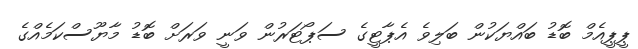
ޕީޕީއެމް ބޮޑު ބައްޔަކުން ބަލިވެ އެޕާޓީގެ ސަޕޯޓަރުން ވަނީ ވަރަށް ބޮޑު މާޔޫސްކަމެއްގެ